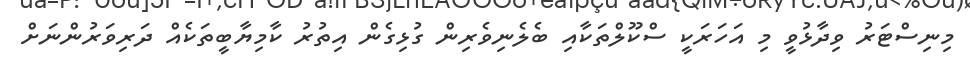
މިނިސްޓަރު ވިދާޅުވީ މި އަހަރަކީ ސްކޫލްތަކާއި ބެލެނިވެރިން ގުޅިގެން އިތުރު ކާމިޔާބީތަކެއް ދަރިވަރުންނަށް